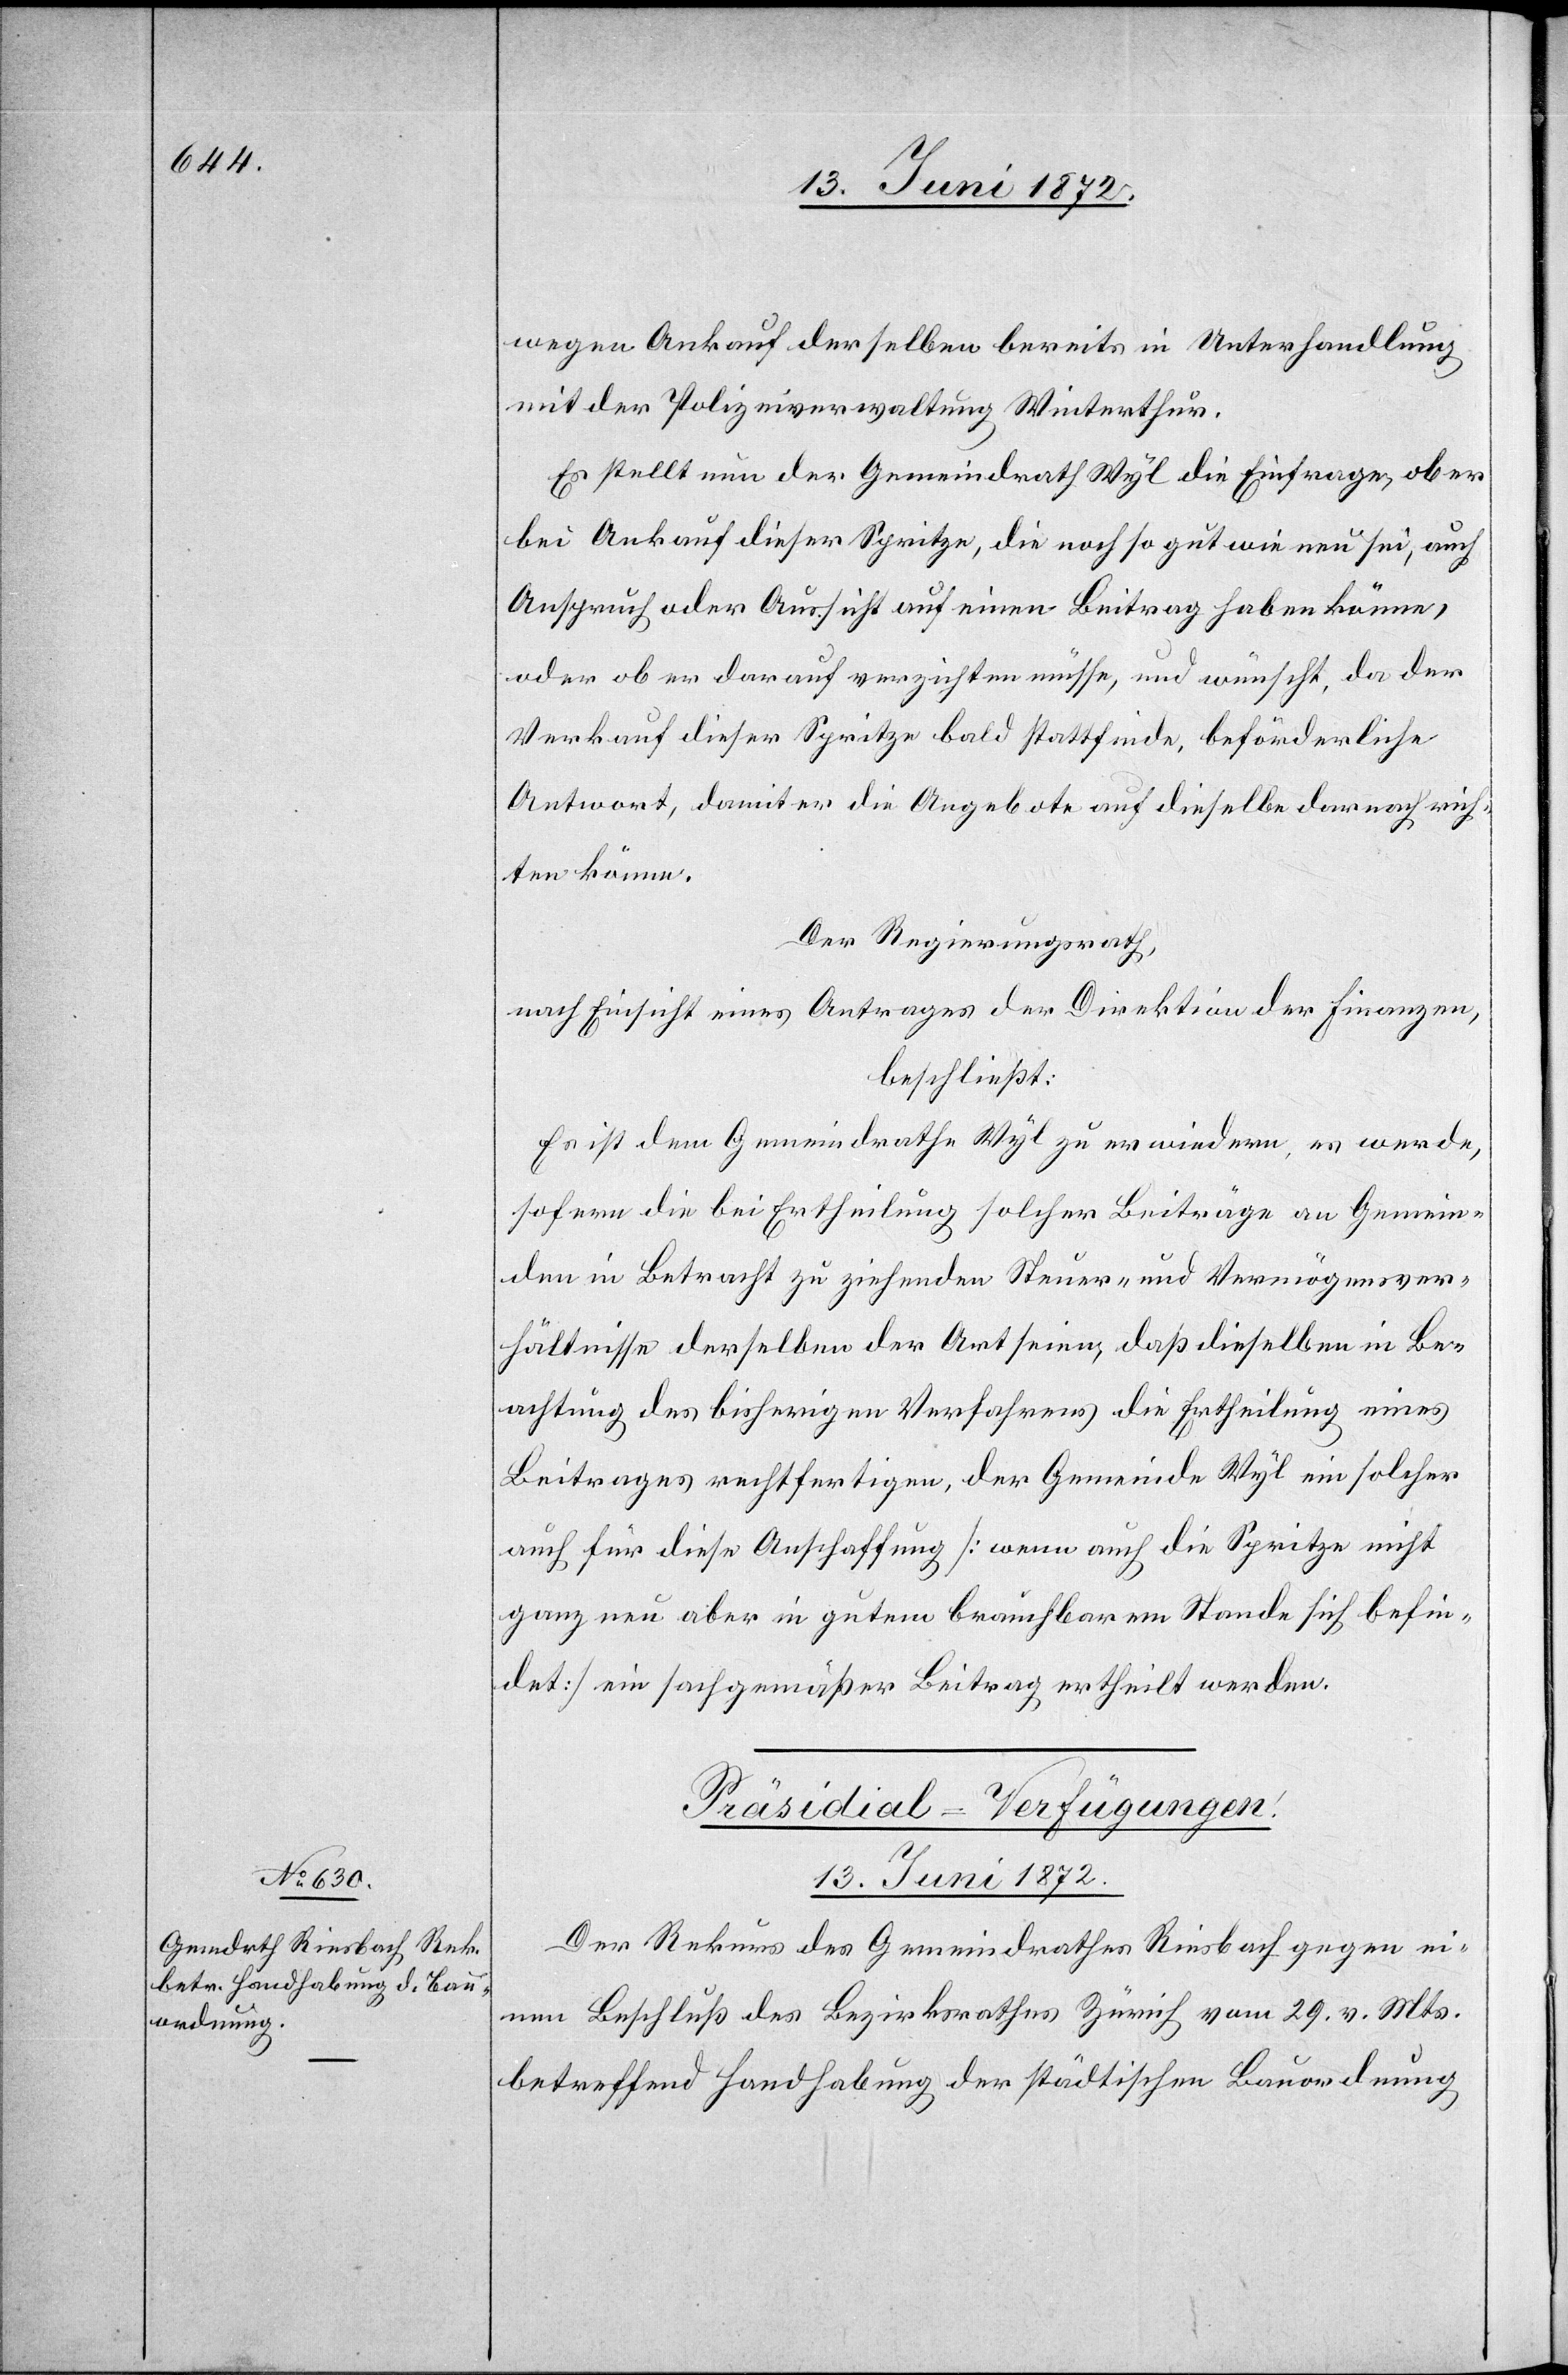
wegen Ankauf derselben bereits in Unterhandlung
mit der Polizeiverwaltung Winterthur.
Es stellt nun der Gemeindrath Wyl die Einfrage, ob er
bei Ankauf dieser Spritze, die noch so gut wie neu sei, auch
Anspruch oder Aussicht auf einen Beitrag haben könne,
oder ob er darauf verzichten müsse, und wünscht, da der
Verkauf dieser Spritze bald stattfinde, beförderliche
Antwort, damit er die Angebote auf dieselbe darnach rich¬
ten könne.
Der Regierungsrath,
nach Einsicht eines Antrages der Direktion der Finanzen,
beschließt:
Es ist dem Gemeindrathe Wyl zu erwiedern, es werde,
sofern die bei Ertheilung solcher Beiträge an Gemein¬
den in Betracht zu ziehenden Steuer- und Vermögensver¬
hältnisse derselben der Art seien, daß dieselben in Be¬
achtung des bisherigen Verfahrens die Ertheilung eines
Beitrages rechtfertigen, der Gemeinde Wyl ein solcher
auch für diese Anschaffung [wenn auch die Spritze nicht
ganz neu aber in gutem brauchbarem Stande sich befin¬
det] ein sachgemäßer Beitrag ertheilt werden.
Präsidial-Verfügungen.
13. Juni 1872.
Der Rekurs des Gemeindrathes Riesbach gegen ei¬
nen Beschluß des Bezirksrathes Zürich vom 29. v. Mts.
betreffend Handhabung der städtischen Bauordnung